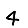
Digit: 4